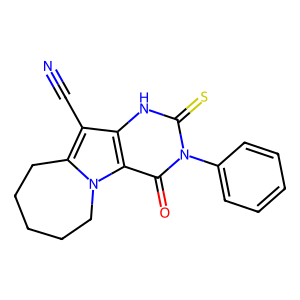
SMILES: N#Cc1c2n(c3c(=O)n(-c4ccccc4)c(=S)[nH]c13)CCCCC2
Inhibits HIV replication: No